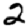
Digit: 2